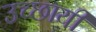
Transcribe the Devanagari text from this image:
उच्छायी